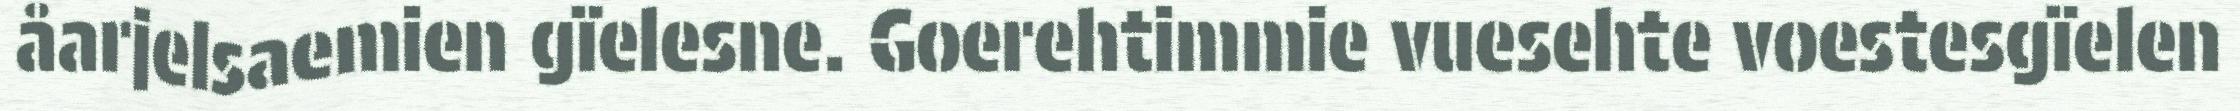
åarjelsaemien gïelesne. Goerehtimmie vuesehte voestesgïelen